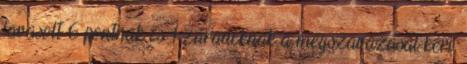
javasolt 6 pontnak és 1 záradéknak a megszavazását kéri.